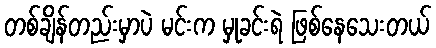
တစ်ချိန်တည်းမှာပဲ မင်းက မှုခင်းရဲ ဖြစ်နေသေးတယ်